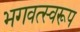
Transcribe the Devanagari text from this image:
भगवत्स्वरूप